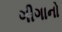
ગીગાનો